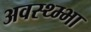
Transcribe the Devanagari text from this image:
अवस्थ्म्भा